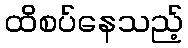
ထိစပ်နေသည့်